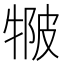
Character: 𤚆